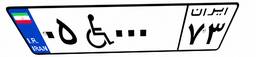
۰۵W۰۰۰۷۳